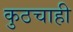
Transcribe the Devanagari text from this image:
कुठचाही